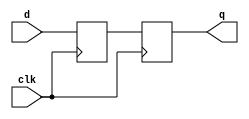
`timescale 1ns / 1ps
//////////////////////////////////////////////////////////////////////////////////
// Company: 
// Engineer: 
// 
// Design Name: 
// Module Name:    master_slave_dff 
// Project Name: 
// Target Devices: 
// Tool versions: 
// Description: 
//
// Dependencies: 
//
// Revision: 
// Revision 0.01 - File Created
// Additional Comments: 
//
//////////////////////////////////////////////////////////////////////////////////
module master_slave_dff(q, d, clk);
	input d, clk;
	output reg q;
	reg temp;
	always @(posedge clk)
		temp <= d;
	always @(negedge clk)
		q <= temp;
endmodule